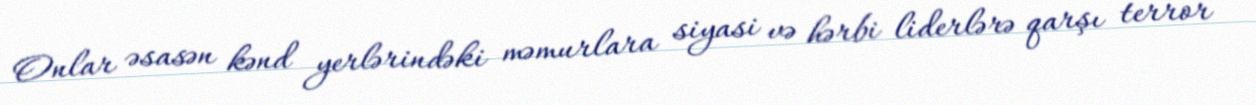
Onlar əsasən kənd yerlərindəki məmurlara siyasi və hərbi liderlərə qarşı terror